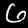
Digit: 6